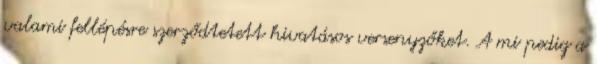
valami fellépésre szerződtetett hivatásos versenyzőket. A mi pedig a